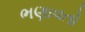
ભણાવતો